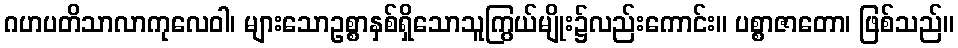
ဂဟပတိသာလာကုလေဝါ၊ များသောဥစ္စာနှစ်ရှိသောသူကြွယ်မျိုး၌လည်းကောင်း။ ပစ္စာဇာတော၊ ဖြစ်သည်။